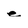
Character: e